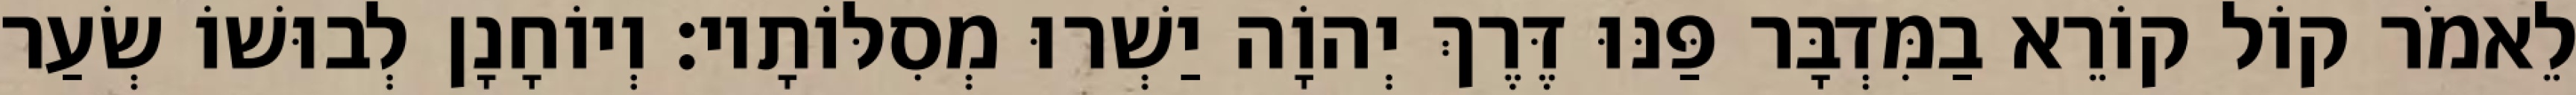
לֵאמֹר קוֹל קוֹרֵא בַמִּדְבָּר פַּנּוּ דֶּרֶךְ יְהוָֹה יַשְׁרוּ מְסִלּוֹתָיו׃ וְיוֹחָנָן לְבוּשׁוֹ שְׂעַר